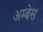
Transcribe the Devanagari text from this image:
अम्बेस